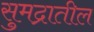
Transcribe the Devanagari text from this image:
सुमद्रातील